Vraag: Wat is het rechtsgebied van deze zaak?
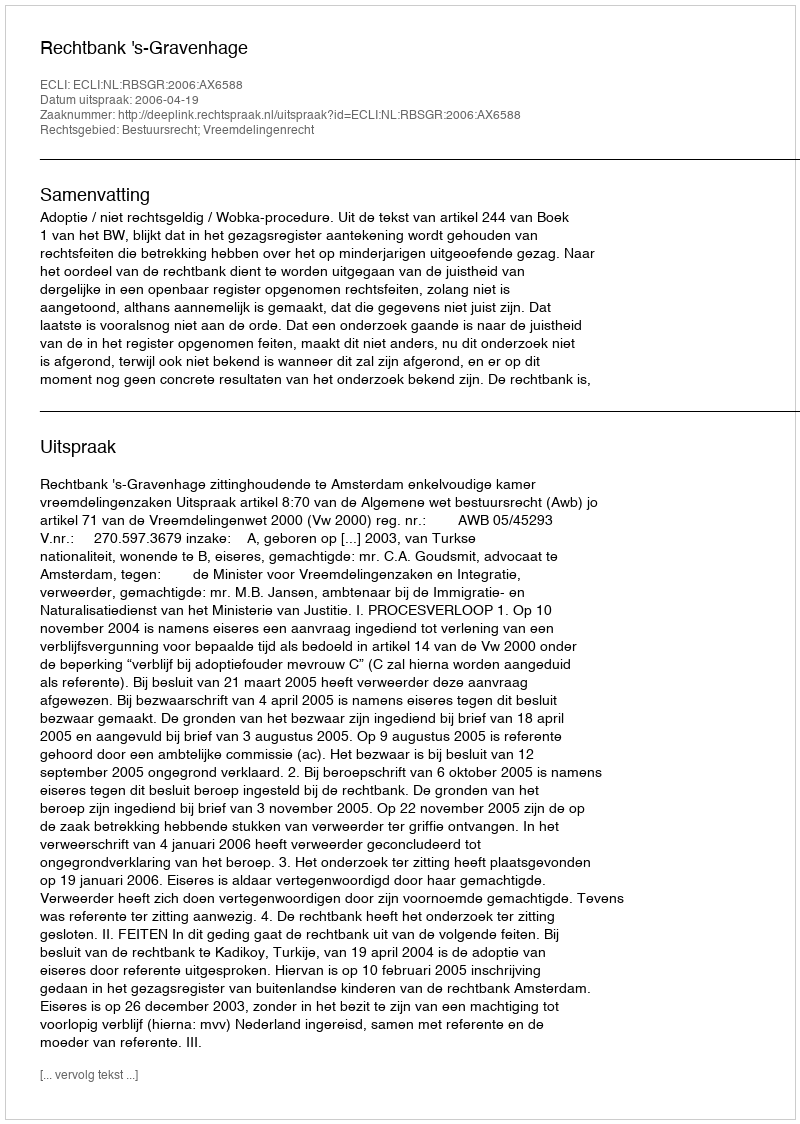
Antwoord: Bestuursrecht; Vreemdelingenrecht